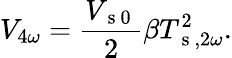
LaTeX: V_{4\omega}=\frac{V_{\mathrm{~s~0~}}}{2}\beta T_{\mathrm{~s~},2\omega}^{2}{.}